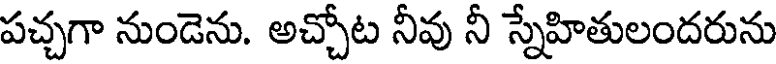
పచ్చగా నుండెను. అచ్చోట నీవు నీ స్నేహితులందరును